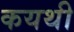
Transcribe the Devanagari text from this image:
कयथी